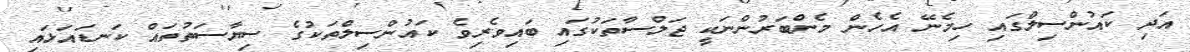
އަދި ކައުންސިލްގައި ހިމެނޭ އެހެން މެންބަރުންނަކީ ޖަލްސާތަކުގައި ބައިވެރިވެ ކައުންސިލްތަކުގެ ސިޔާސަތުތައް ކަނޑައަޅައި